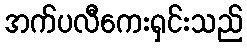
အက်ပလီကေးရှင်းသည်